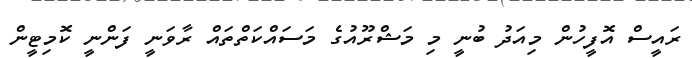
ރައީސް އޮފީހުން މިއަދު ބުނީ މި މަޝްރޫއުގެ މަސައްކަތްތައް ރާވަނީ ފަންނީ ކޮމިޓީން